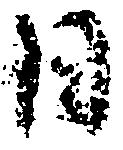
日